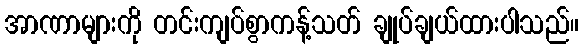
အာဏာများကို တင်းကျပ်စွာကန့်သတ် ချုပ်ချယ်ထားပါသည်။